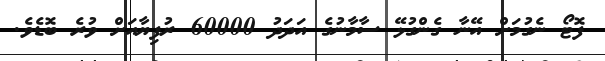
ފޮޓޯ ނެގުމަށް އޭނާ ގެންގުޅޭ ސާމާނުގެ އަދަދު 60000 ރުފިޔާއަށް ވުރެ ބޮޑެވެ.